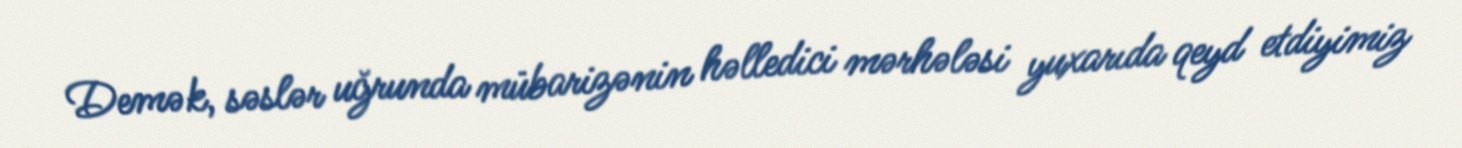
Demək, səslər uğrunda mübarizənin həlledici mərhələsi yuxarıda qeyd etdiyimiz